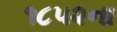
૧૮૫૨ના